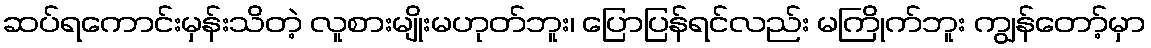
ဆပ်ရကောင်းမှန်းသိတဲ့ လူစားမျိုးမဟုတ်ဘူး၊ ပြောပြန်ရင်လည်း မကြိုက်ဘူး ကျွန်တော့်မှာ